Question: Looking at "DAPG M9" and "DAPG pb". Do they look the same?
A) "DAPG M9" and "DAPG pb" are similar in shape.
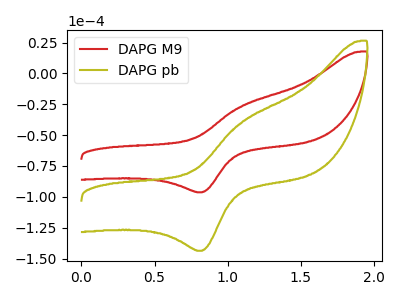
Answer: <think>The red curve "DAPG M9" has an anodic peak at (1.10V, -26.50uA) and a cathodic peak at (0.85V, -96.35uA). The olive curve "DAPG pb" has an anodic peak at (1.10V, -39.50uA) and a cathodic peak at (0.85V, -143.70uA).
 All the peaks in "DAPG M9" have a peak in "DAPG pb" at the same potential.</think>
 <answer>A) "DAPG M9" and "DAPG pb" are similar in shape.</answer>
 <eval>A</eval>